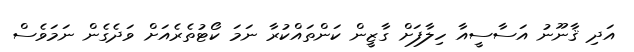
އަދި ޤާނޫނު އަސާސީއާ ހިލާފަށް ގާޒީން ކަންތައްކުރާ ނަމަ ކޯޓުތެރެއަށް ވަދެގެން ނަމަވެސް